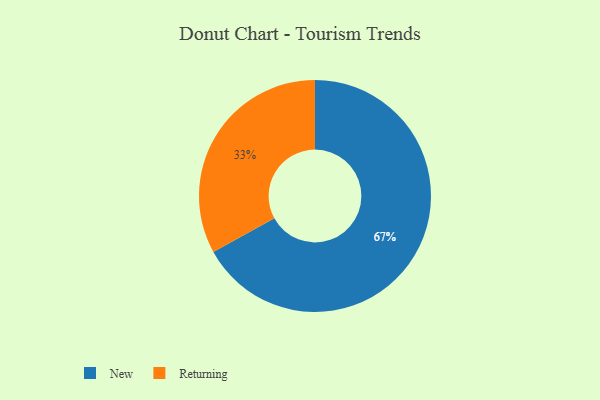
{"axis": {"x": "Category", "y": "Percentage"}, "legend": ["New", "Returning"], "data": [{"x": "Returning", "y": 33, "type": "Returning"}, {"x": "New", "y": 67, "type": "New"}]}